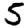
Digit: 5